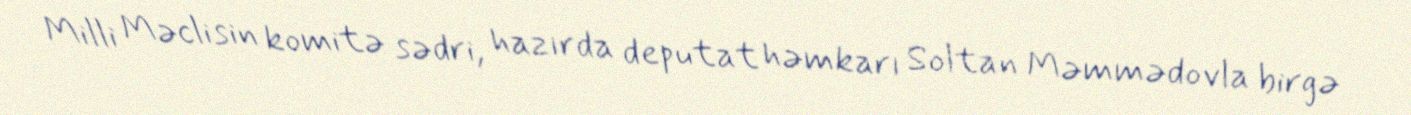
Milli Məclisin komitə sədri, hazırda deputat həmkarı Soltan Məmmədovla birgə